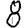
Digit: 8